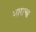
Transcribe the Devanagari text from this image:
भाराचा